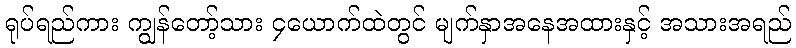
ရုပ်ရည်ကား ကျွန်တော့်သား ၄ယောက်ထဲတွင် မျက်နှာအနေအထားနှင့် အသားအရည်